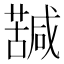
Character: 𮒀